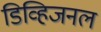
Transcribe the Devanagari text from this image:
डिव्हिजनल